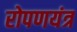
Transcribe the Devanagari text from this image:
रोपणयंत्र